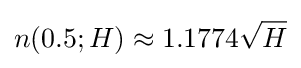
n(0.5;H)\approx 1.1774{\sqrt {H}}